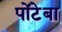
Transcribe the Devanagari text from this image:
पोंटेबा